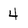
Character: 4